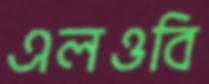
এলওবি